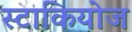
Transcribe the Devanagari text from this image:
स्टाकियोज